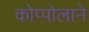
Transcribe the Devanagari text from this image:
कोप्पोलाने